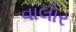
વાલોર